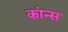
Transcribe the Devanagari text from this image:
कांन्स